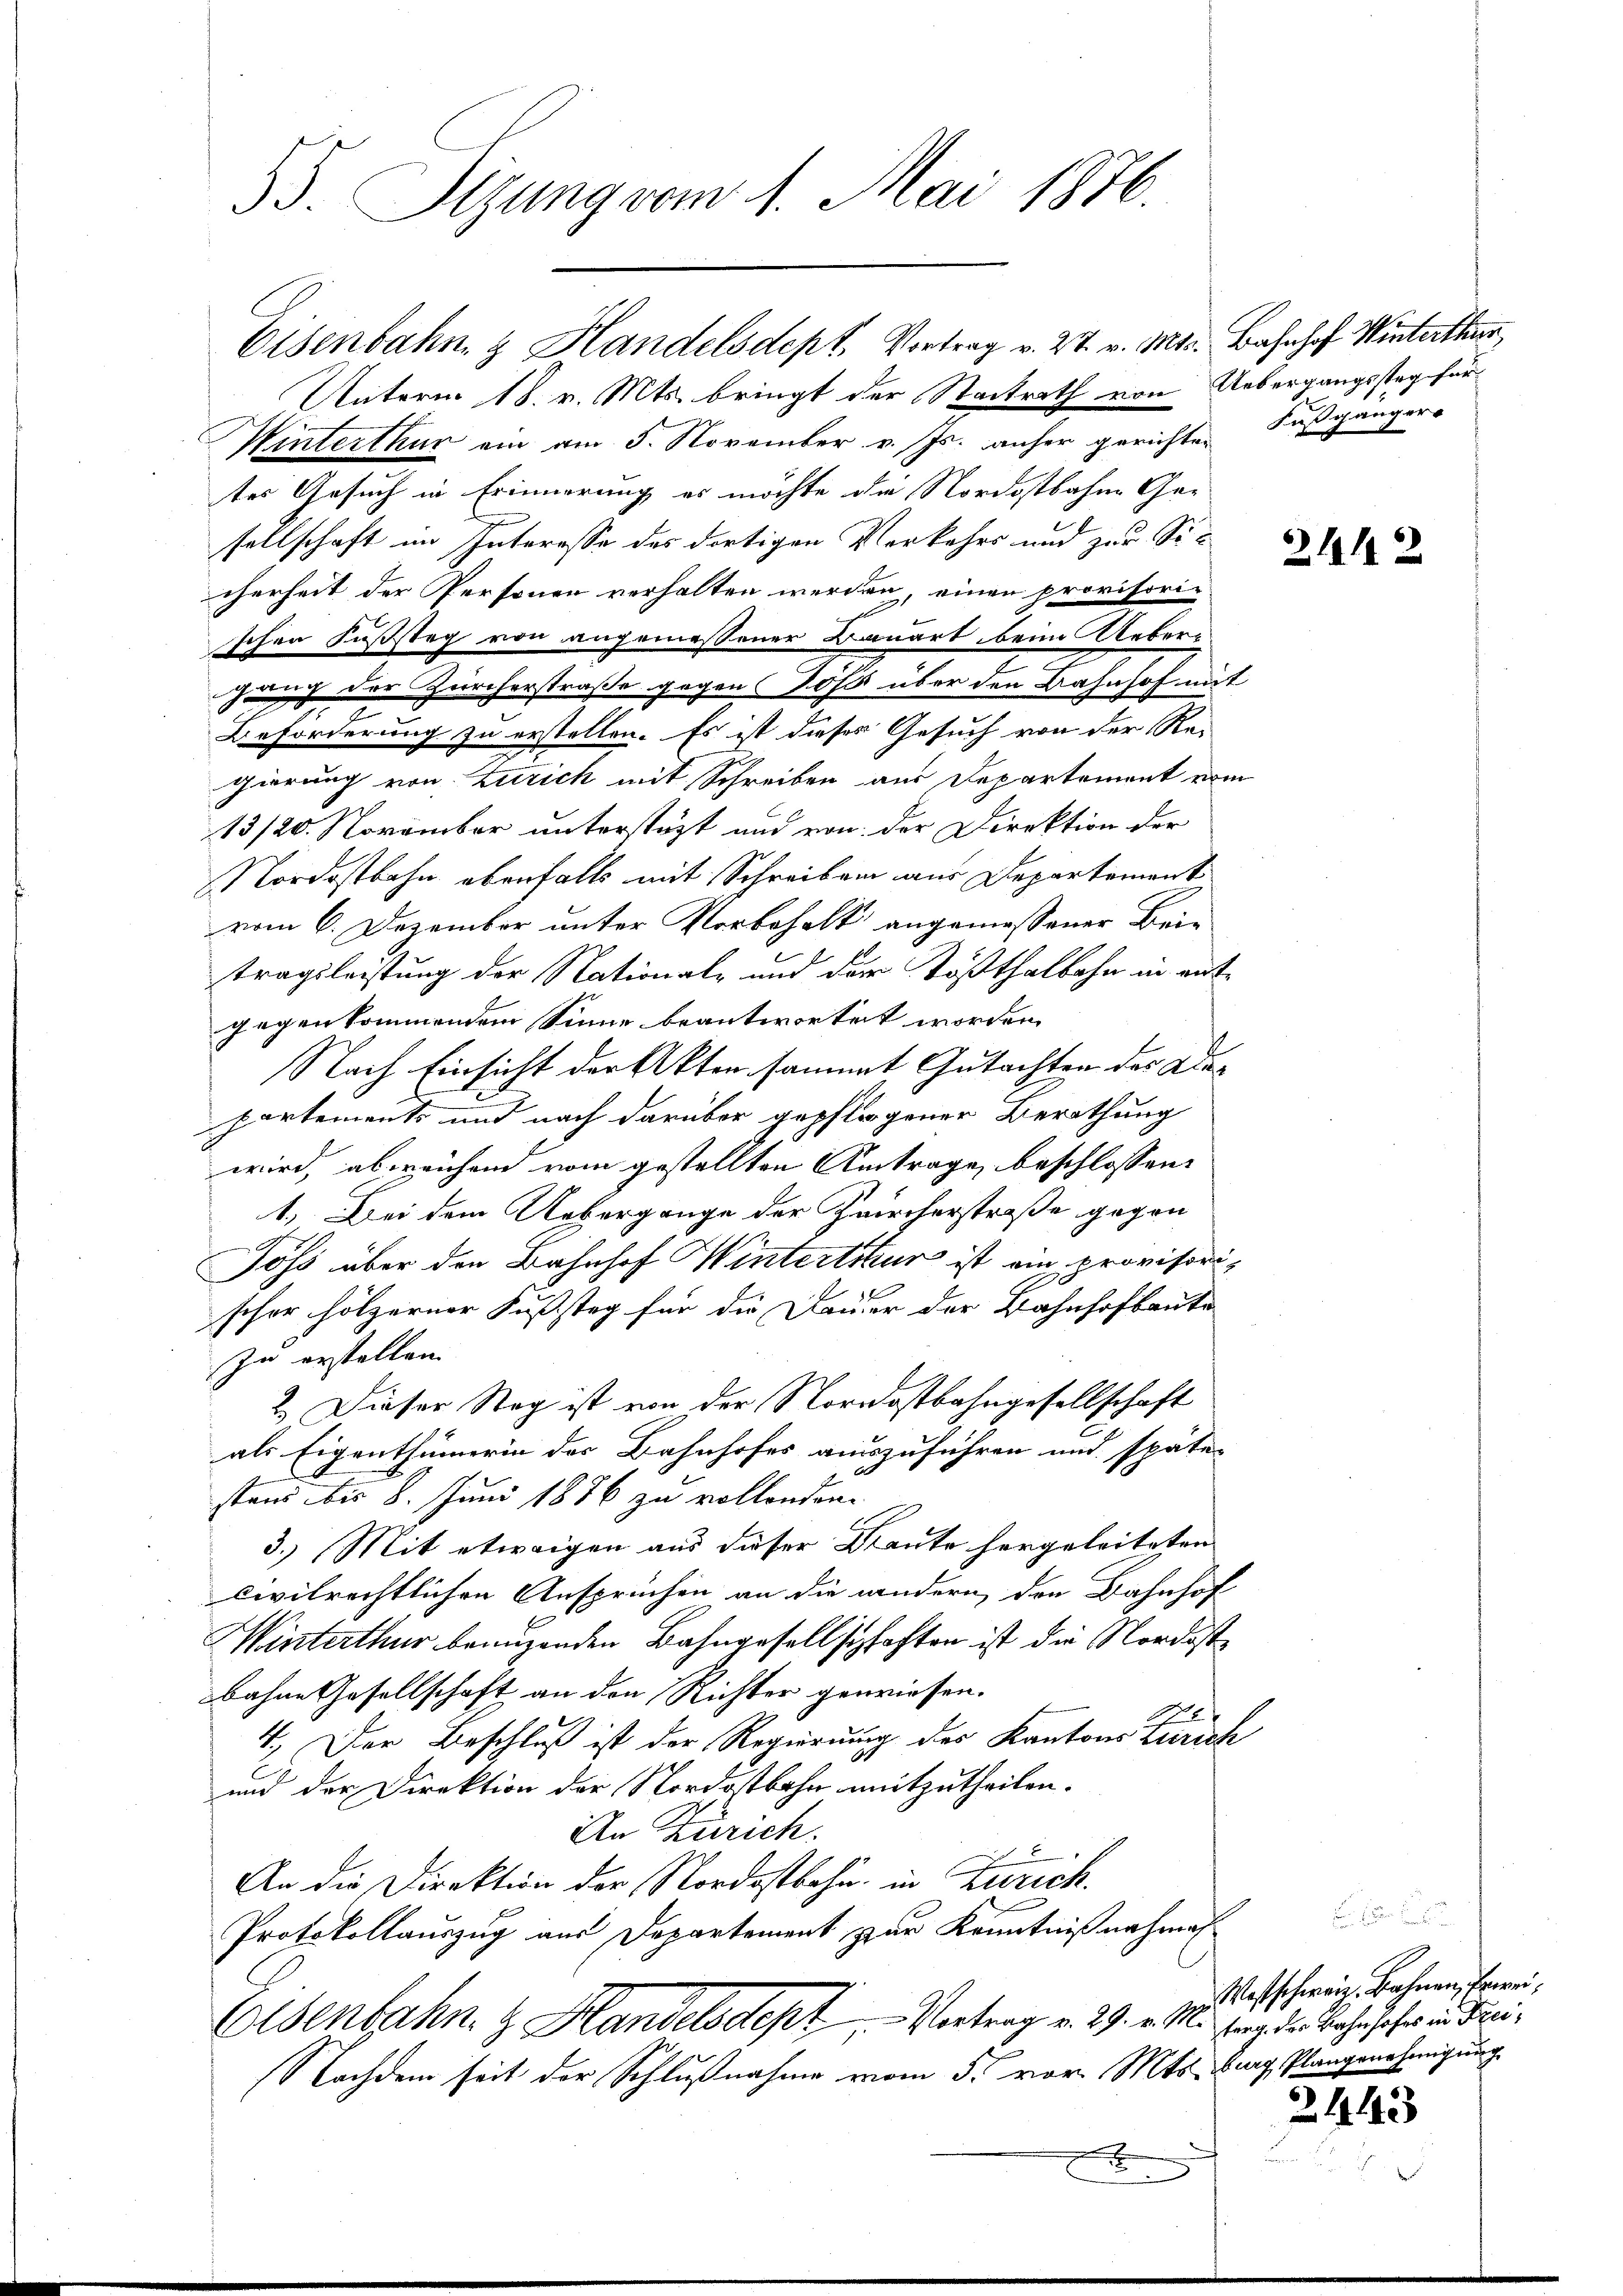
35. Sizung vom 1. Mai 1876.

Eisenbahn & Handelsdept. Vortrag v. 27. v. Mts. Bahnhof Winterthur,
Unterm 18. v. Mts. bringt der Stadtrath von Uebergangssteg für
Winterthur ein am 5. November v. Js. anher gerichten Fußgänger-
tes Gesuch in Erinnerung es möchte die Nordostbahne Gesellschaft im Interesse des dortigen Vorkehrs und zur Sicherheit der Personen verhalten werden, einen provisorischen Fußstag von angemessener Bauart beim Ueberuch der Zürcherstraße gegen 10f über den Bahnhof mit
Beförderung zu erstellen. Es ist dieses Gesuch von der Re-
gierung von Zürich mit Schreiben aus Departement vom
13/20. November unterstüzt und von der Direktion der
Nordostbahn ebenfalls mit Schreiben aus Departement
vom 6. Dezember unter Vorbehalt angemessener Brie
tragsleistung der Nationale und der Tößthalbahn in entgegenkommendem Sinne beantwortet worden.
Nach Einsicht der Akten sammt Gutachten des Adapartements und nach darüber gepflogener Berathung
wird, abereichend vom gestellten Antrage beschlossen:
1.) Bei dem Uebergange der Zwircherstraße gegen
Jöss über den Bahnhof Hinterthur ist ein provisorischon hölzerner Fußstag für die Dauer der Bahnhofbaute
zu erstellen.
2. Dieser Stag ist von der Nordostbahngesellschaft
als Eigenthümerin der Bahnhofes auszuführen und späte
stand bis 8. Juni 1886 zu vollenden.
3.) Mit etwaigen aus dieser Kraute hergeleiteten
civilrechtlichen Ansprüchen an die andern den Bahnhof
Winterthur benuzenden Bahngesellspfachten ist die Nordostbahne Gesellschaft an den Richter gewiesen.
1
4. Der Beschluß ist der Regierung des Kantons Zürich
und der Direktion der Nordostbahn mitzutheilen.
An Zürich.
An die Direktion der Nordostbahn in Zürich.
Protokollauszug aus Departement zur Kenntniß nachmah
Elsenbahn. z. Handelsdept, - Vortrag v. 29. v. M. vor der Bahnfahr in drei¬
Nachdem seit der Schlußnahme vom 5. vor. Mts. hing Plangenehmigung

2112

Westschweiz. Bahnen, Erwei¬

2443